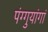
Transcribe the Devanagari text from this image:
पंग्गुयांगां